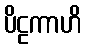
ပိဠကာဟိ